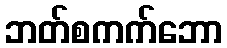
ဘတ်စကက်ဘော